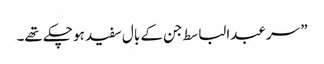
” سر عبدالباسط جن کے بال سفید ہو چکے تھے۔